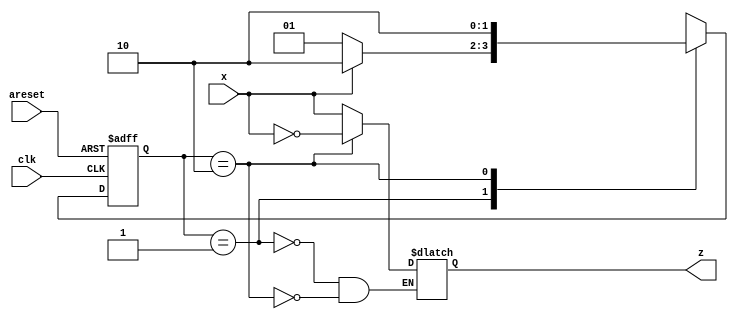
module top_module (
    input clk,
    input areset,
    input x,
    output z
); 
	parameter A=2'b01, B=2'b10;
    wire[1:0] state, next;
    
    // state transition logic
    always@(*)begin
        case(state)
            A: next = x? B:A;
            B: next = B;
            default: next = 'x;
        endcase
    end
    
    // flip-flop and areset
    always@(posedge clk, posedge areset)begin
        if(areset)
            state <= A;
        else
            state <= next;
    end
    
    // output
    always@(*)begin
        case(state)
            A: z = x;
            B: z = ~x;
        endcase
    end
        
endmodule